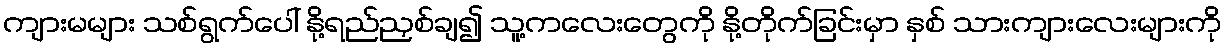
ကျားမများ သစ်ရွက်ပေါ် နို့ရည်ညှစ်ချ၍ သူ့ကလေးတွေကို နို့တိုက်ခြင်းမှာ နှစ် သားကျားလေးများကို